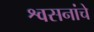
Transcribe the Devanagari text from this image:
श्वसनांचे